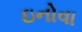
ઇનોવા